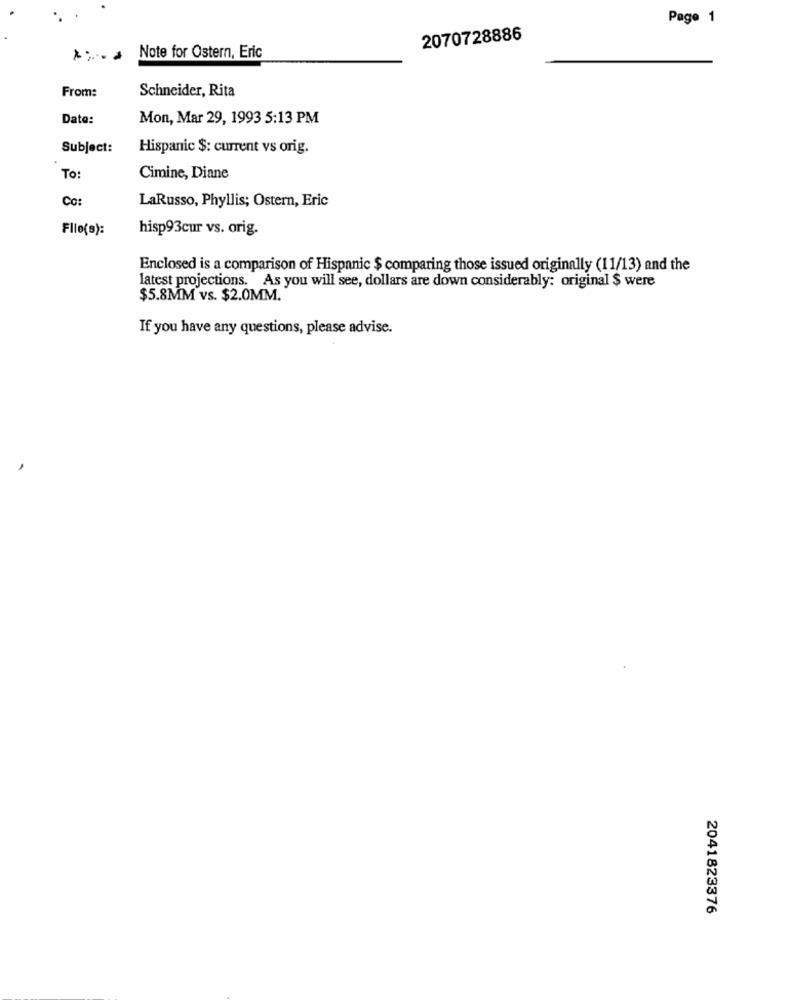
Page 1
2070728886
Note for Ostern, Eric
Schneider, Rita
From:
Date:
Mon, Mar 29, 1993 5:13 PM
Subject:
Hispanic $: current vs orig.
To:
Cimine, Diane
Co:
LaRusso, Phyllis; Ostern, Eric
Flle(s):
hisp93cur vs. orig.
Enclosed is a comparison of Hispanic $ comparing those issued originally (11/13) and the
latest projections. As you will see, dollars are down considerably: original $ were
$5.8MM vs. $2.0MM.
If you have any questions, please advise.
2041823376